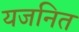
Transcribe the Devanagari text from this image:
यजनित